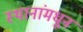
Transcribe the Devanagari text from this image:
स्थानांमधून